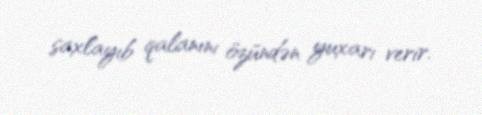
saxlayıb qalanını özündən yuxarı verir.